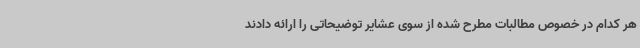
هر کدام در خصوص مطالبات مطرح شده از سوی عشایر توضیحاتی را ارائه دادند